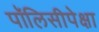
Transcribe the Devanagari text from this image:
पॉलिसीपेक्षा